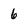
Character: 6